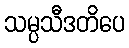
သမ္ပသီဒတိပေ